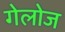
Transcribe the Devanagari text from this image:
गेलोज